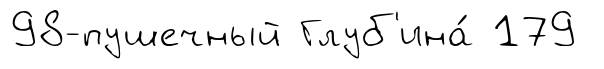
98-пушечный Глуб'ина́ 179